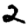
Digit: 2